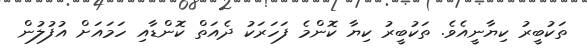
ތަކުބީރު ކިޔާނީއެވެ. ތަކުބީރު ކިޔާ ކޮންމެ ފަހަރަކު ދެއަތް ކޮންޑާއި ހަމައަށް އުފުލުން